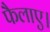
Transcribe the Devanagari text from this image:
फैलाए।